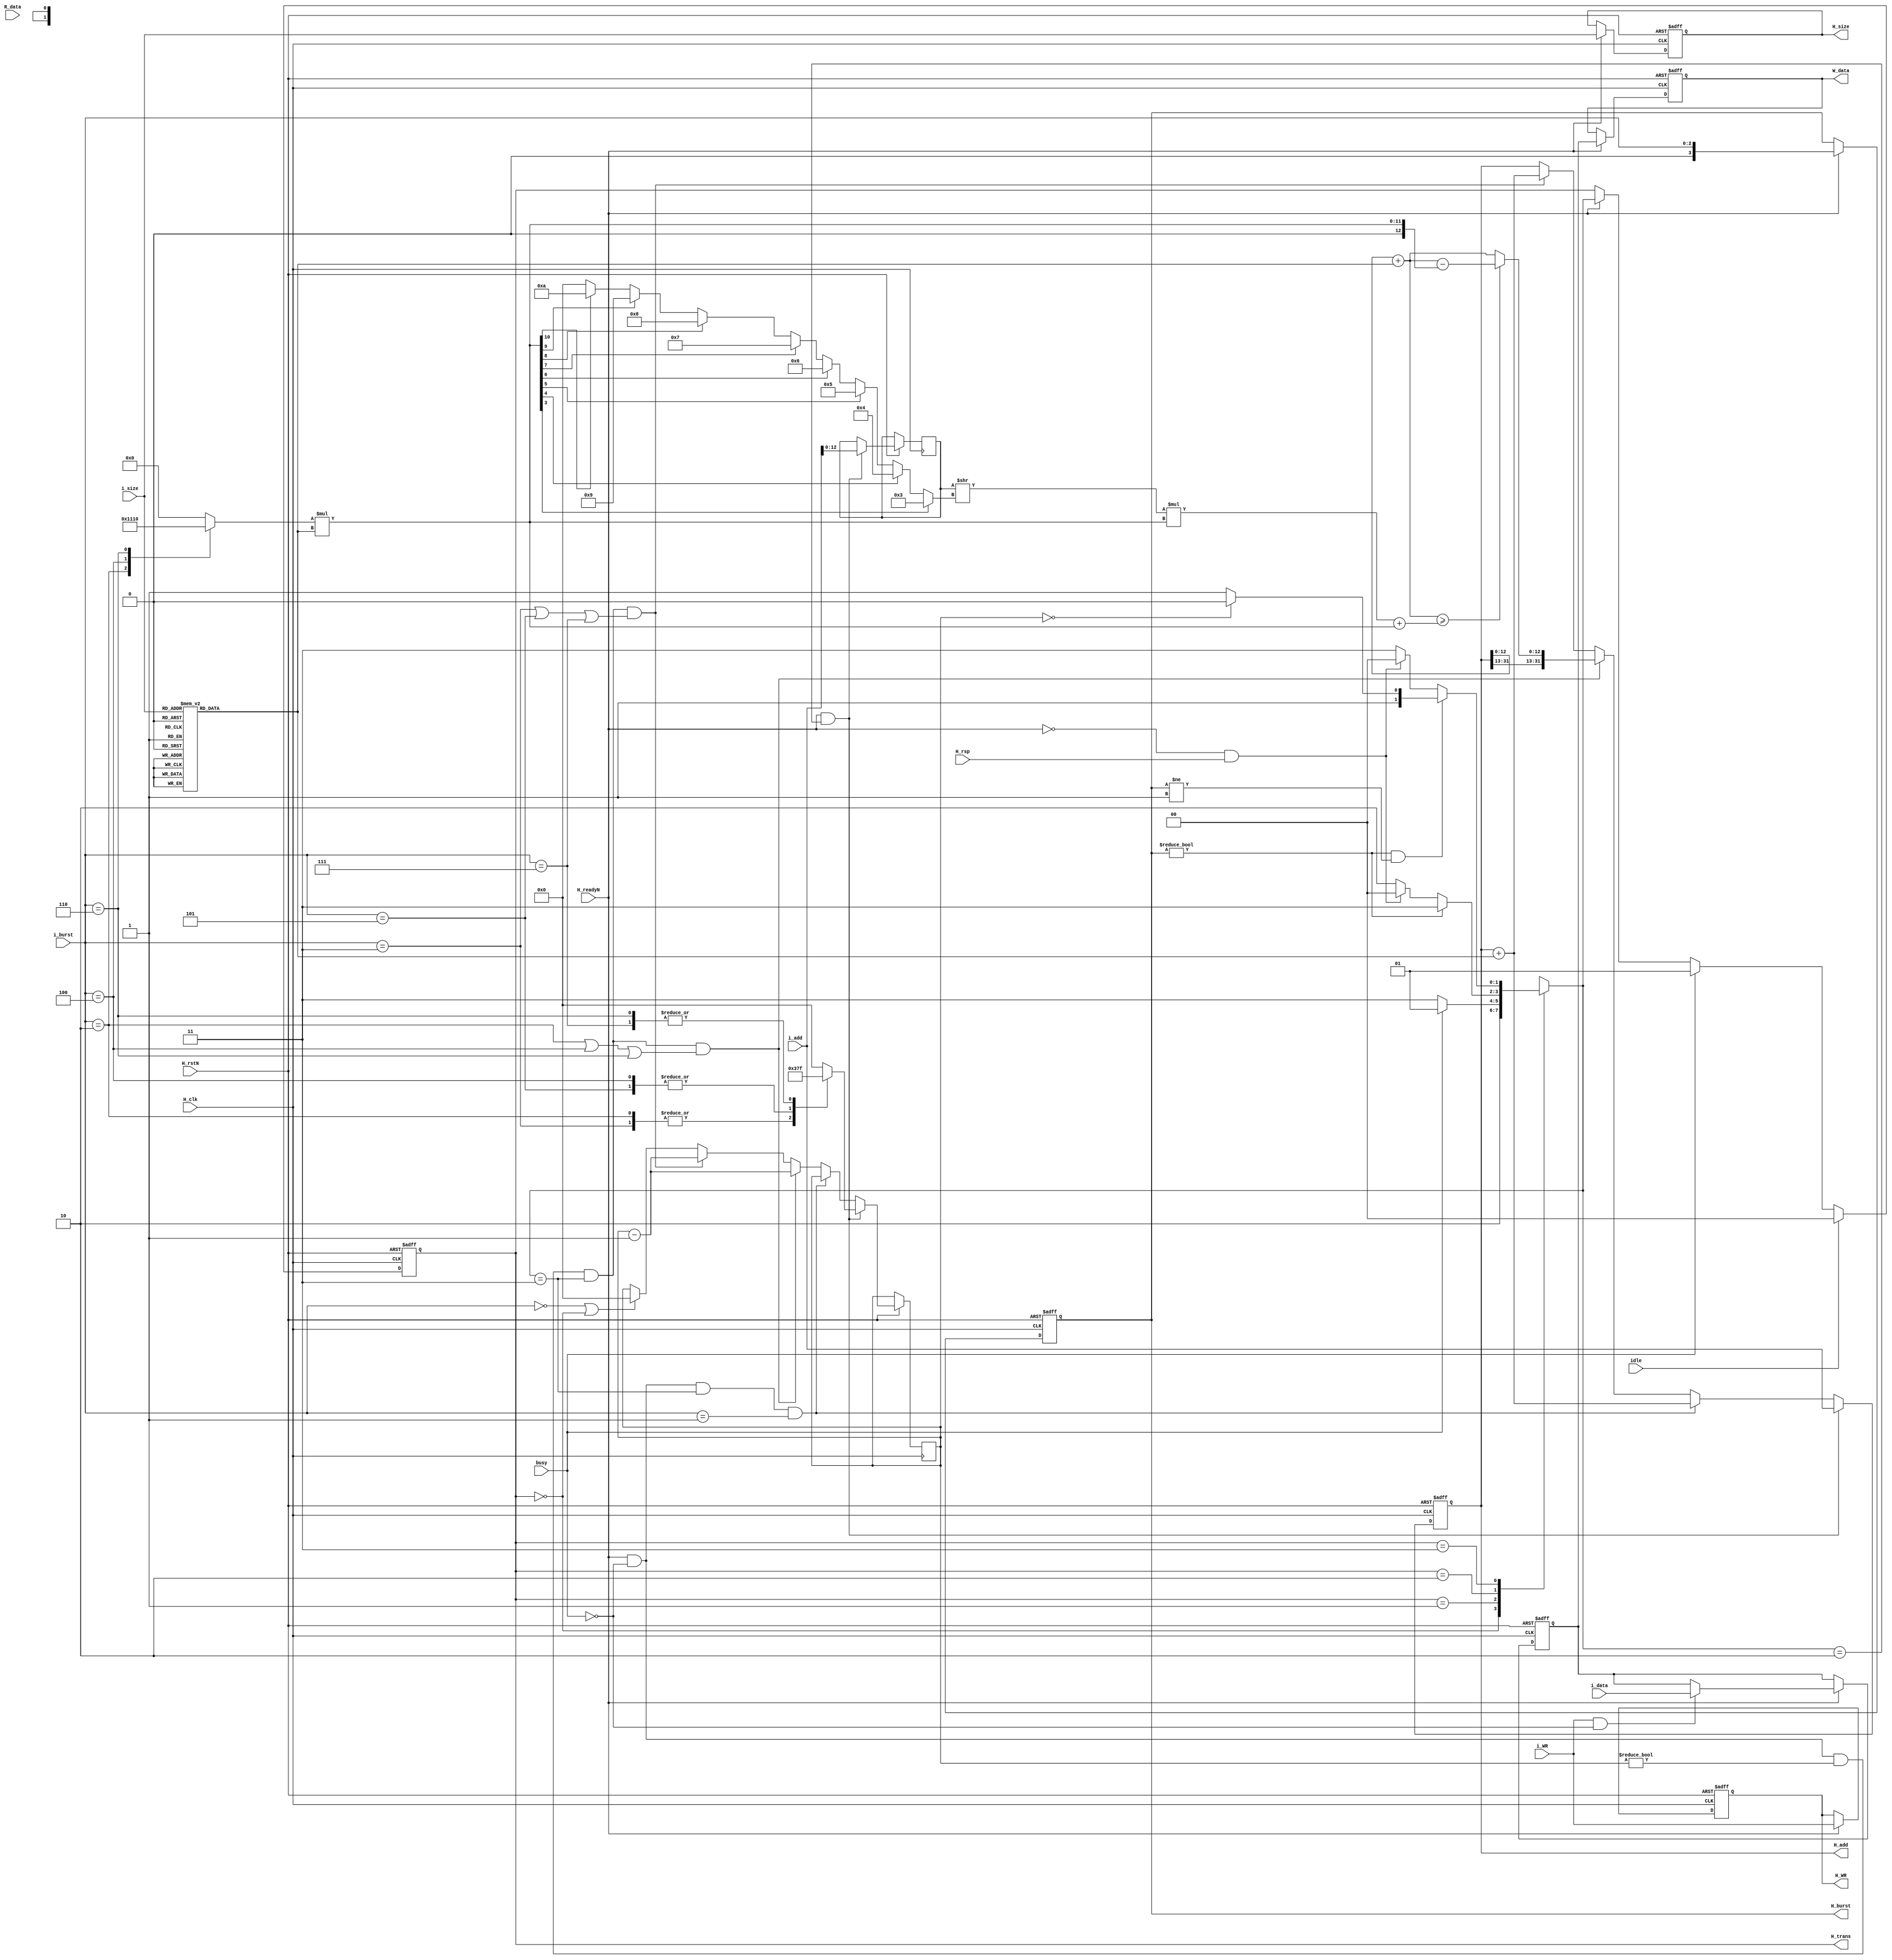
`timescale 1ns / 1ps

// Design Name: 
// Module Name:    maste_1 

module Master #(parameter data_size = 32)(H_readyN,H_rsp,H_rstN,H_clk,R_data,//master input
				i_add,i_WR,i_size,i_burst,idle,busy,i_data,   //test input
				H_add,H_WR,H_size,H_burst,H_trans,W_data);    //master out
	
//tranfer responce from slave
input H_readyN;
input H_rsp;

//global signal
input H_rstN;
input H_clk;

//data from slave
input   [data_size-1 :0] R_data;

//address and control
output  [31:0] H_add;
output         H_WR;
output  [2:0]  H_size;
output  [3:0]  H_burst;
output  [1:0]  H_trans;

//data to slave
output  [data_size-1:0] W_data;

//Master internal input signals
input   [31:0] i_add;    // i_add,i_WR,i_size,i_burst,i_trans,i_data,
input          i_WR;
input   [2:0]  i_size;
input   [2:0]  i_burst;
//input [1:0]  i_trans;
input          busy;
input          idle;
input   [data_size-1:0] i_data;

//reg     [31:0] cal_add;//calculated 
reg     [1:0]  i_trans;
reg     [data_size-1:0] data_1;
reg     [31:0] add;
reg            WR;
reg     [2:0]  size;
reg     [3:0]  burst;
//reg     [1:0]  trans;
reg     [data_size-1:0] data;
reg     [6:0]  cal_size;
reg     [4:0]  cal_burst; //burst for address range calculation
//1kB = 8*1kb = 2**3(this is to store data) * 2**10(this is for pointing data)
// so every 1 address store 8 bit of data so actual address size is [9:0]  ie 2**10 
reg     [12:0] initial_add;
reg     [12:0] trans_size; //max 1024       
reg     [12:0] start_add;
reg     [12:0] wrap_bound;
//recieve  slg
reg     [data_size-1:0]rec_data;
reg     [3:0] counter;
reg     [3:0] shifty;
reg     [3:0] temp_counter;
reg     [1:0] trans_next;

	parameter HTRANS_IDLE    = 2'b00;
	parameter HTRANS_BUSY    = 2'b01; 
	parameter HTRANS_NONSEQ  = 2'b10;
	parameter HTRANS_SEQ     = 2'b11;

	parameter SINGLE   = 3'b000;
	parameter INCR     = 3'b001;
	parameter WRAP4    = 3'b010;
	parameter INCR4    = 3'b011;
	parameter WRAP8    = 3'b100;
	parameter INCR8    = 3'b101;
	parameter WRAP16   = 3'b110;
	parameter INCR16   = 3'b111;
	 
	parameter BYTE     = 3'b000;
	parameter BYTE_2   = 3'b001;
	parameter BYTE_4   = 3'b010;
	parameter BYTE_8   = 3'b011;
	parameter BYTE_16  = 3'b100;
	parameter BYTE_32  = 3'b101;
	parameter BYTE_64  = 3'b110;
	parameter BYTE_128 = 3'b111;
	//parameter data_size = cal_size<<3;


assign H_WR     = WR;
assign H_size   = size;
assign H_add    = add;  /////busy check
assign H_burst  = burst;
assign H_trans  = i_trans;
assign W_data   =  data  ;

always @ (negedge H_clk)
	rec_data <= R_data;

always @ (posedge H_clk , negedge H_rstN)
	begin
		if (!H_rstN)
			begin		
						WR     <= 1'b0; 
						size   <= 3'b0;
						burst  <= 4'b0;		
						data   <= 0;
						data_1 <= 0;
			end 
		else if (H_readyN)////responce check
			begin			
						WR     <= i_WR; 
						size   <= i_size;
						burst  <= i_burst;		
				if (i_WR && !busy)
					begin    	//data is chnaging in busy so i need control here
						data_1 <= i_data;//one cycle late data 
						data   <= data_1;
					end
				else		
						data   <= data_1; //also make it xx
			end
		else 	
			begin
						data_1 <= data_1; //one cycle late data 
						data   <= data;
			end
	end
	
always @ (posedge H_clk or negedge H_rstN)
begin
if (!H_rstN)                                                            
																		        add  <= 32'b0;
else if (H_readyN && trans_next == HTRANS_NONSEQ)   
	begin								 
																		initial_add  <= i_add [12:0];
																		        add  <= i_add;
																		temp_counter <= counter;
	end
else if(H_readyN &&(!busy) && trans_next == HTRANS_SEQ && i_burst == INCR )  //check dependency on H_readyN and also restrict 1024KB size for future
																		        add  <= add + cal_size;

else if(H_readyN &&(!busy) && temp_counter != 0 && trans_next == HTRANS_SEQ 
		&& (i_burst == WRAP4 | i_burst == WRAP8 | i_burst == WRAP16 ))
	begin 								
																		temp_counter <= temp_counter -1;
		if((add[12:0]+cal_size) >= wrap_bound)
																		        add  <={add[31:13],((add[12:0]+ cal_size) - trans_size)};
		else								 
																		        add  <={add[31:13],(add[12:0] + cal_size)};//size
	end		  
else if(H_readyN &&(!busy) && temp_counter != 0 && trans_next == HTRANS_SEQ 
		&& (i_burst == INCR4 | i_burst == INCR8 | i_burst == INCR16 ))
	begin	  		
																		        add  <= (add + cal_size);  //size
																		temp_counter <= temp_counter -1;
	end
else if ((i_burst == SINGLE)||(i_trans == HTRANS_IDLE)) 
																		temp_counter <= 0;
else
	begin
																		         add <= add;
																		temp_counter <= temp_counter;
	end
end


 
always @(posedge H_clk or negedge H_rstN )
	if (!H_rstN)        i_trans <= HTRANS_IDLE;//i_trans <= HTRANS_IDLE;
	else if (idle)      i_trans <= HTRANS_IDLE;
	else if (busy)      i_trans <= HTRANS_BUSY;
	else if (!H_readyN) i_trans <= i_trans;
	else                i_trans <= trans_next;
		
always @(i_trans,temp_counter,busy,idle,burst,H_rsp) // i want bust that should be clk dependent
begin
//i_trans = 2'bx;
 case(i_trans)
	HTRANS_IDLE  :				
																		trans_next = HTRANS_NONSEQ;  //ideal slg for stay in ideal mode we can use 
	HTRANS_BUSY  :	if (!busy)	
																		trans_next = HTRANS_SEQ; 
					else		
																		trans_next = HTRANS_BUSY;
	HTRANS_NONSEQ:	if((burst != SINGLE))    //&&(i_burst != INCR) i removed it 
																		trans_next = HTRANS_SEQ;  // change (!busy && H_readyN &&(i_burst != SINGLE)&&(i_burst != INCR)
					else if (!H_readyN && H_rsp) 					    
																		trans_next = HTRANS_IDLE;											    	
					else												trans_next = HTRANS_NONSEQ;
	HTRANS_SEQ   :	begin 
						if(burst != SINGLE && burst != INCR) 
							if (temp_counter == 0)
																		trans_next = HTRANS_NONSEQ;
							else
																		trans_next = HTRANS_SEQ;
						else if (!H_readyN && H_rsp) 				    
																		trans_next = HTRANS_IDLE;
						else 					   
																		trans_next = HTRANS_SEQ;
					end
 endcase
end		
			
always @(i_burst)  //used h_clk multiple driver problem
	case (i_burst)
		WRAP4 : begin counter = 4'd3; cal_burst = 5'd4;  end
		INCR4 : begin counter = 4'd3; cal_burst = 5'd0;  end 
		WRAP8 : begin counter = 4'd7; cal_burst = 5'd8;  end
		INCR8 : begin counter = 4'd7; cal_burst = 5'd0;  end 
		WRAP16: begin counter = 4'd15;cal_burst = 5'd16; end
		INCR16: begin counter = 4'd15;cal_burst = 5'd0;  end 
		default:begin counter = 4'd0; cal_burst = 5'd0;  end 
	endcase
	
//combination ADDRESS logic calculation
always @ (cal_burst,i_size,initial_add,shifty,cal_size)
begin 
	trans_size = cal_burst * cal_size;
	start_add  = ((initial_add >> shifty)*(trans_size)); //synthesis doesn't provide divide operator
	wrap_bound = start_add + trans_size ;
end
	
always @(i_size)    //cal size of transfer
 case(i_size)
	BYTE   : cal_size = 1;
	BYTE_2 : cal_size = 2;
	BYTE_4 : cal_size = 4;
	BYTE_8 : cal_size = 8;
	BYTE_16: cal_size = 16;
	BYTE_32: cal_size = 32;
	BYTE_64: cal_size = 64;
	BYTE_128:cal_size = 128;
	default: cal_size = 0;
 endcase
 
always @(trans_size)   //trans_size always  inside {8,16,32,64,128,256,512,1024,4096,8139}
	case(1'b1)  //one hot
		trans_size[3]: shifty = 3;//8
		trans_size[4]: shifty = 4; 
		trans_size[5]: shifty = 5;
		trans_size[6]: shifty = 6;
		trans_size[7]: shifty = 7;
		trans_size[8]: shifty = 8;//256
		trans_size[9]: shifty = 9;
		trans_size[10]:shifty = 10;//1024
	//	trans_size[11]:shifty = 11;
	//	trans_size[12]:shifty = 12;
		default:shifty =0;
	endcase
	
endmodule